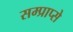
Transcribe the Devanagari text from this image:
सम्प्राप्से